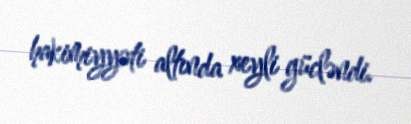
hakimiyyəti altında xeyli gücləndi.